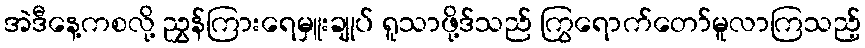
အဲဒီနေ့ကစလို့ ညွှန်ကြားရေမှူးချုပ် ရူသာဖို့ဒ်သည် ကြွရောက်တော်မူလာကြသည့်